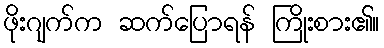
ဖိုးဂျက်က ဆက်ပြောရန် ကြိုးစား၏။